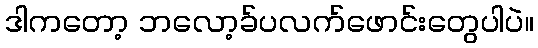
ဒါကတော့ ဘလော့ခ်ပလက်ဖောင်းတွေပါပဲ။